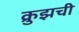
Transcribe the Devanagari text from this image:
क्रुझची